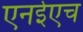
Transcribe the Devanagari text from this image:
एनईएच